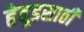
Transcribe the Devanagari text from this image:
हेवूडसाठी